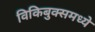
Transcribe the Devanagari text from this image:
विकिबुक्समध्ये